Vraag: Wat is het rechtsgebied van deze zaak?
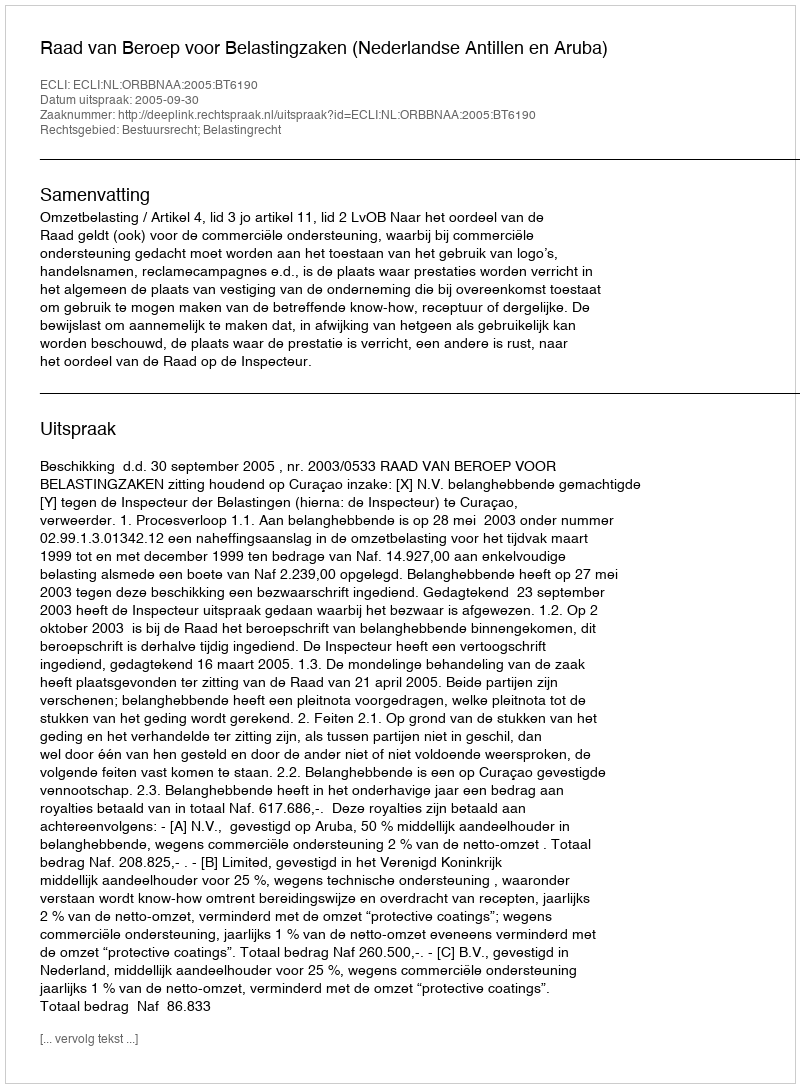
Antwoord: Bestuursrecht; Belastingrecht